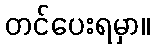
တင်ပေးရမှာ။